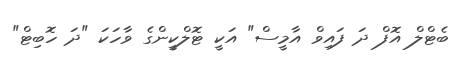
ބެޓްލް އޮފް ދަ ފައިވް އާމީސް" އަކީ ޓޮލްކީންގެ ވާހަކަ "ދަ ހޮބިޓް"